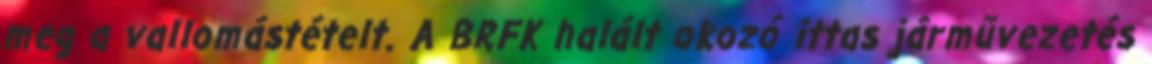
meg a vallomástételt. A BRFK halált okozó ittas járművezetés